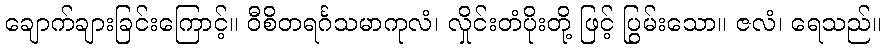
ချောက်ချားခြင်းကြောင့်။ ဝီစိတရင်္ဂသမာကုလံ၊ လှိုင်းတံပိုးတို့ ဖြင့် ပြွမ်းသော။ ဇလံ၊ ရေသည်။